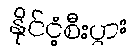
နိုင်ငံ့စီးပွား